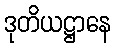
ဒုတိယဋ္ဌာနေ